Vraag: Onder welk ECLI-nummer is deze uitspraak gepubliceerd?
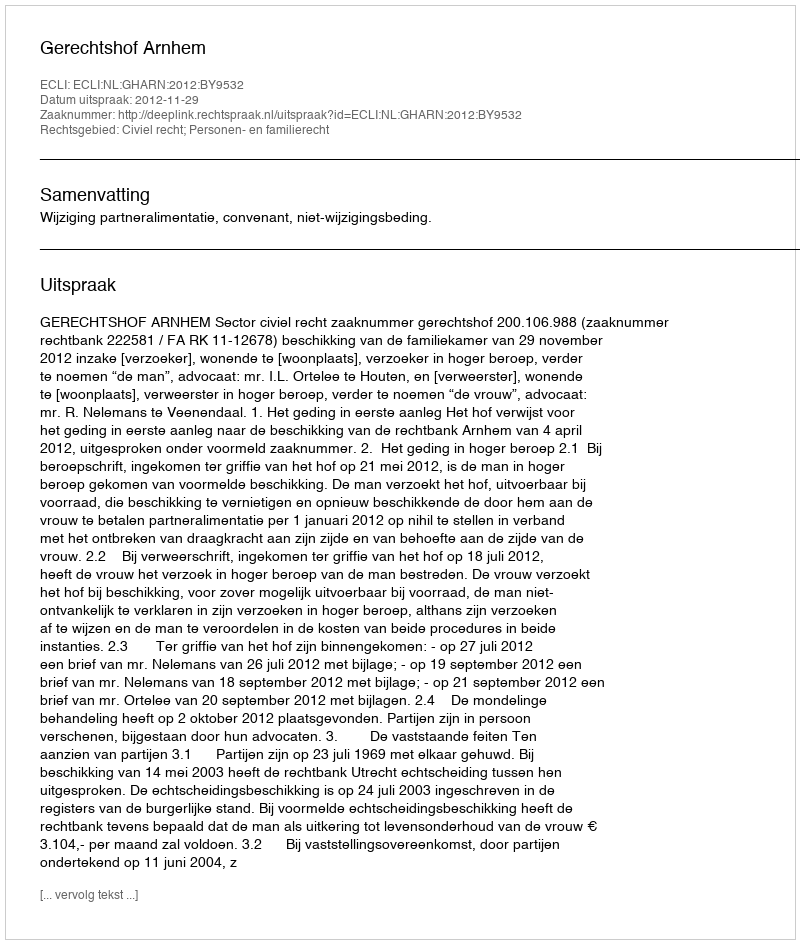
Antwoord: ECLI:NL:GHARN:2012:BY9532